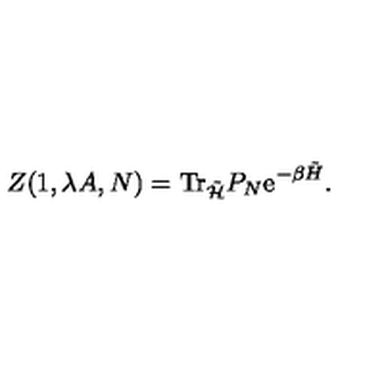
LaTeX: Z ( 1 , \lambda A , N ) = \mathrm { T r } _ { \tilde { { \cal H } } } P _ { N } \mathrm { e } ^ { - \beta \tilde { H } } .